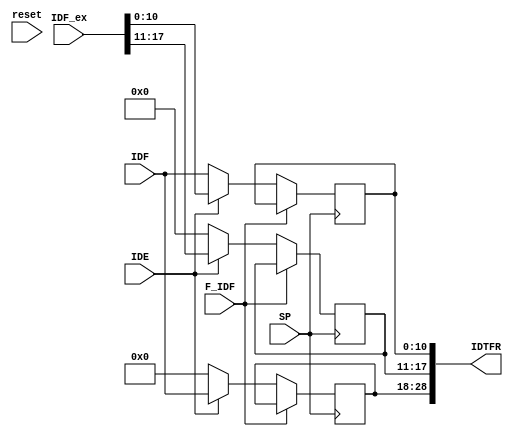
module Identifier_Block(
	input reset, SP, 
	input [10:0] IDF, 
	input [17:0] IDF_ex, 
	input IDE, F_IDF,
	output wire [28:0] IDTFR
);

//initial IDTFR = 29'd0;

reg [10:0] a, c;
reg [6:0] b;

assign IDTFR[28:18] = a;
assign IDTFR[17:11] = b;
assign IDTFR[10:0] = c;

always@(posedge SP) begin
	if(F_IDF == 1'b0) begin
		if(IDE == 1'b0) begin
			a <= 11'd0;
			b <= 7'd0;
			c <= IDF;
		end
		else begin
			a <= IDF;
			b <= IDF_ex[17:11];
			c <= IDF_ex[10:0];
		end
	end
end

endmodule